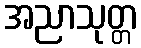
အညာသုတ္တ